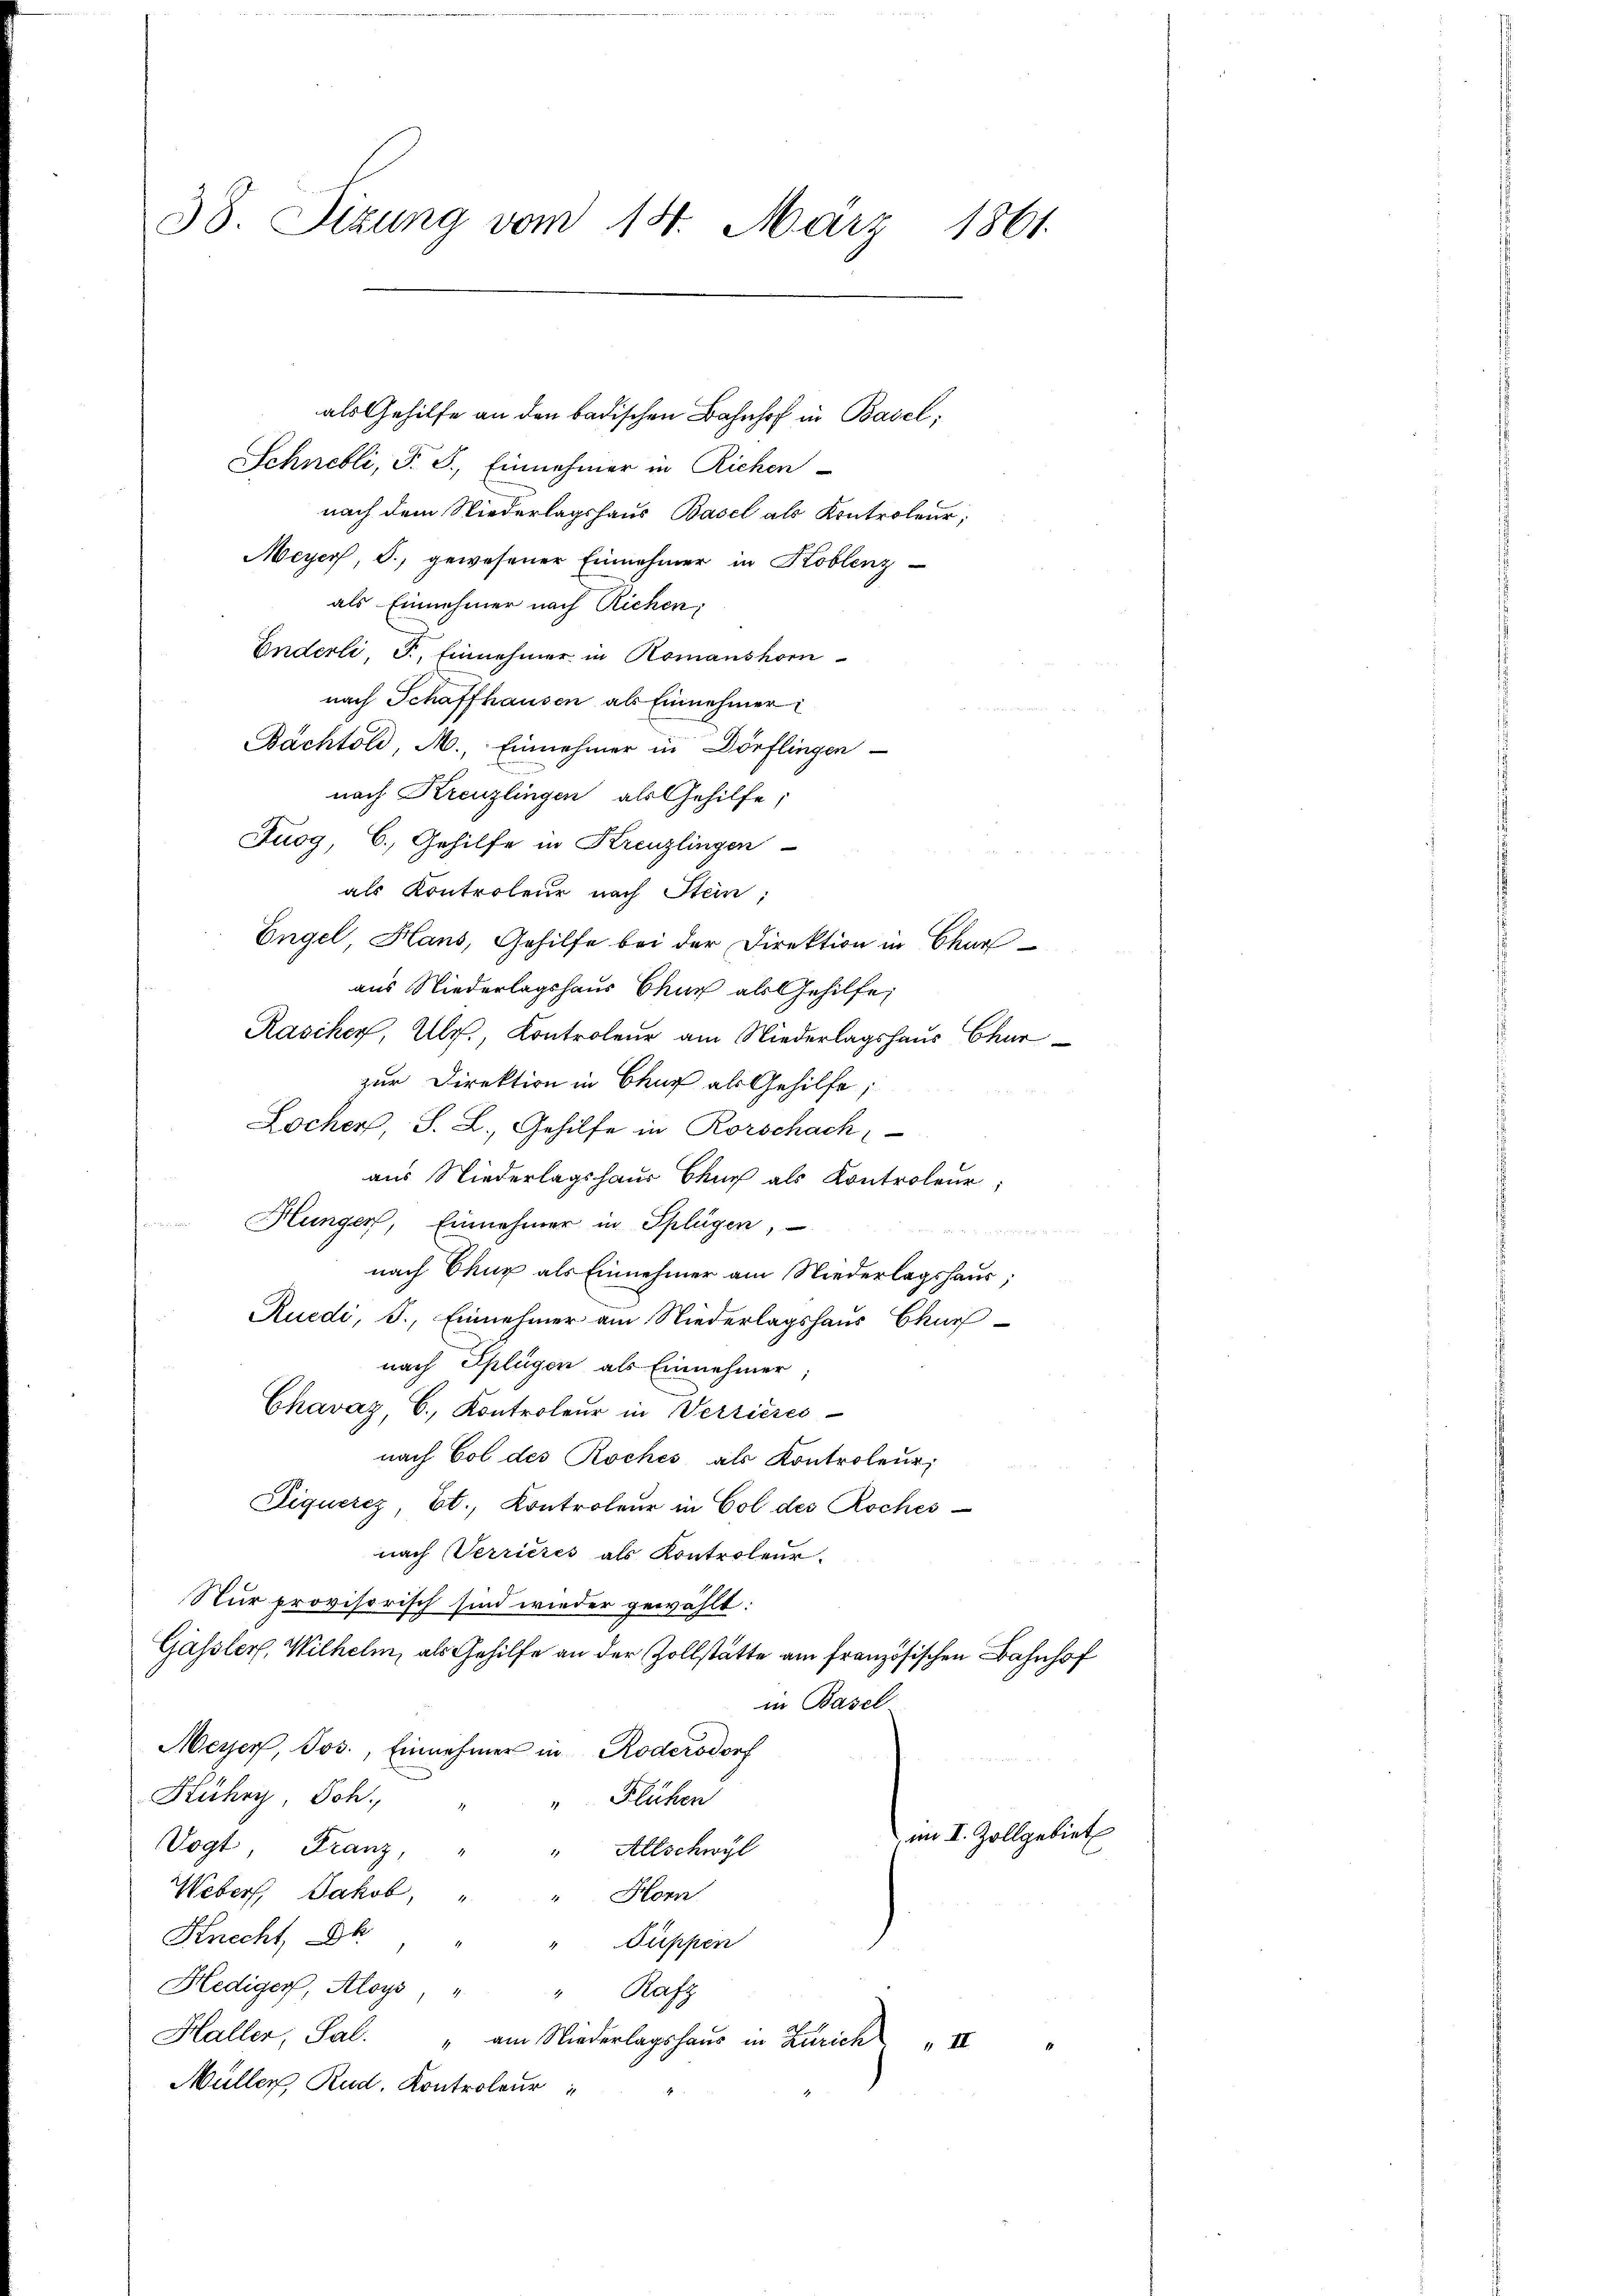
38. Sizung vom 18. März 1861.

als Gehilfe an den badischen Bahnhof in Basel,
Schnebli, F. S., Einnehmer in Richen
nach dem Niederlagshaus Basel als Kontroleur,
Meyer, d. gewesener Einnehmer in Koblenz
als Einnehmer nach Richen;
Enderli, P. Einnehmer in Romanshornach Schaffhausen als Einnehmer
Bachtold, M., Einnehmer in Dörflingen
nach Kreuzlingen als Gehilfe,
Zuog C. Gehilfe in Kreuzlingen
als Kontroleur nach Stein;
Engel Hans, Gehilfe bei der Direktion in Char
aus Niederlagshaus Chur als Gehilfe,
Rascher, Ulr., Kontroleur am Niederlagshaus Chur
zur Direktion in Chur als Gehilfe,
Locher, S. L., Gehilfe in Rorschach,
aus Niederlagshaus Bauch als Kontroleur;
Hungen, Einnehmer in Splügen,

nach Chur als Einnehmer am Niederlagshaus;
Ruedi, J., Einnehmer am Niederlagshaus Churf
nach Splügen als Einnehmer
Chavaz, C. Kontroleur in Verrieres-
nach Col des Roches als Kontroleur,
Siquerez, Et., Kontroleur in Col des Roches
nach Verrieres als Kontroleur.
Nur provisorisch sind wieder gewählt:
Gässler, Wilhelm, als Gehilfe an der Zollstätte am französischen Bahnhof
in Basel
Meyer, Jos. Einnehmer in Rodersdorf
Kühry, Joh.
"Flühen
im I. Zollgebiet
Vogt, Franz,
Allschwyl
Weber, Jakob,
Horn
Knecht k
Sippen
Hediger, Aloys, "
" Rafz
Haller, Sal.
" am Niederlagshaus in Zürich " III
Müller Rud. Kontroleur